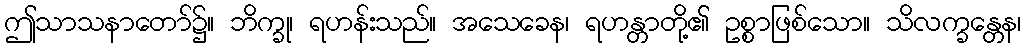
ဤသာသနာတော်၌။ ဘိက္ခု၊ ရဟန်းသည်။ အသေခေန၊ ရဟန္တာတို့၏ ဥစ္စာဖြစ်သော။ သိလက္ခန္တေန၊